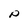
Character: p